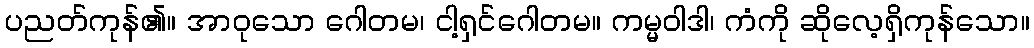
ပညတ်ကုန်၏။ အာဝုသော ဂေါတမ၊ ငါ့ရှင်ဂေါတမ။ ကမ္မဝါဒါ၊ ကံကို ဆိုလေ့ရှိကုန်သော။